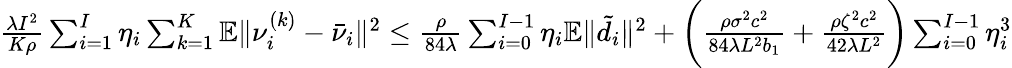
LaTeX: \begin{array}{r}{\frac{\lambda I^{2}}{K\rho}\sum_{i=1}^{I}\eta_{i}\sum_{k=1}^{K}\mathbb{E}\| \nu_{i}^{(k)}-\bar{\nu}_{i}\| ^{2}\leq\frac{\rho}{84\lambda}\sum_{i=0}^{I-1}\eta_{i}\mathbb{E}\| \tilde{d}_{i}\| ^{2}+\bigg(\frac{\rho\sigma^{2}c^{2}}{84\lambda L^{2}b_{1}}+\frac{\rho\zeta^{2}c^{2}}{42\lambda L^{2}}\bigg)\sum_{i=0}^{I-1}\eta_{i}^{3}}\end{array}